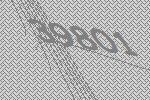
39801